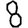
Digit: 8